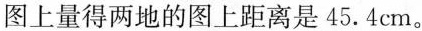
图上量得两地的图上距离是45.4cm。